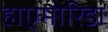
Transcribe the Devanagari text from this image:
हाएमोरिडा